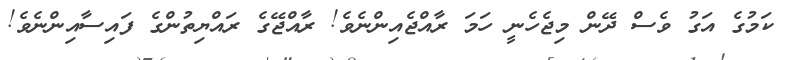
ކަމުގެ އަގު ވެސް ދޭން މިޖެހެނީ ހަމަ ރާއްޖެއިންނެވެ! ރާއްޖޭގެ ރައްޔިތުންގެ ފައިސާއިންނެވެ!